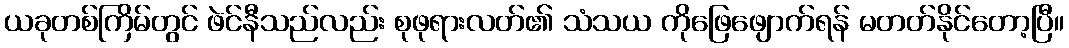
ယခုတစ်ကြိမ်တွင် ဖဲင်နီသည်လည်း စုဖုရားလတ်၏ သံသယ ကိုဖြေဖျောက်ရန် မတတ်နိုင်တော့ပြီ။